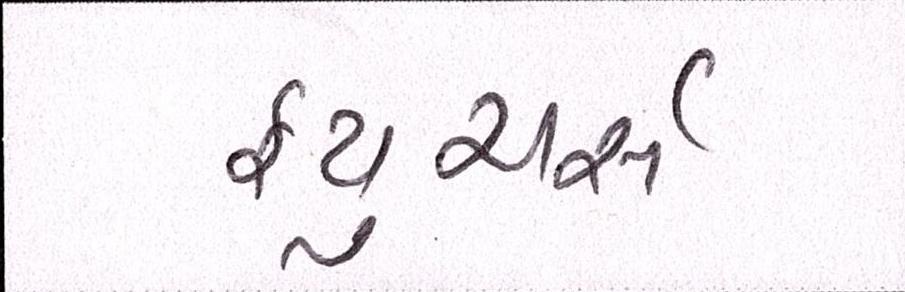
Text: ફ્યુચર્સ